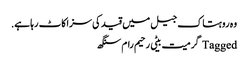
وہ روہتاک جیل میں قید کی سزاکاٹ رہا ہے.
Tagged گرمیت بیٹی رحیم رام سنگھ